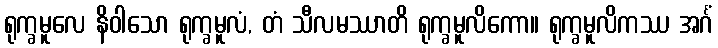
ရုက္ခမူလေ နိဝါသော ရုက္ခမူလံ, တံ သီလမဿာတိ ရုက္ခမူလိကော။ ရုက္ခမူလိကဿ အင်္ဂံ